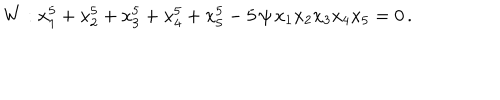
LaTeX: W : x _ { 1 } ^ { 5 } + x _ { 2 } ^ { 5 } + x _ { 3 } ^ { 5 } + x _ { 4 } ^ { 5 } + x _ { 5 } ^ { 5 } - 5 \, \psi \, x _ { 1 } x _ { 2 } x _ { 3 } x _ { 4 } x _ { 5 } = 0 \, .